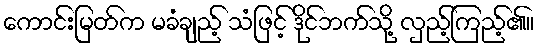
ကောင်းမြတ်က မခံချည့် သံဖြင့် ဒိုင်ဘက်သို့ လှည့်ကြည့်၏။